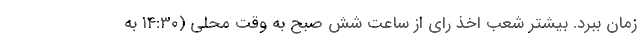
زمان ببرد. بیشتر شعب اخذ رای از ساعت شش صبح به وقت محلی (۱۴:۳۰ به